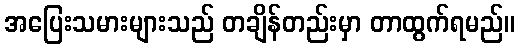
အပြေးသမားများသည် တချိန်တည်းမှာ တာထွက်ရမည်။